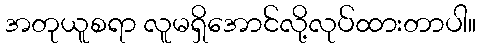
အတုယူစရာ လူမရှိအောင်လို့လုပ်ထားတာပါ။